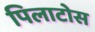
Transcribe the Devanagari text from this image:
पिलाटोस